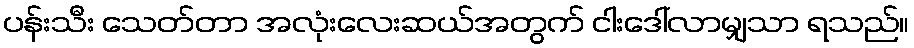
ပန်းသီး သေတ်တာ အလုံးလေးဆယ်အတွက် ငါးဒေါ်လာမျှသာ ရသည်။